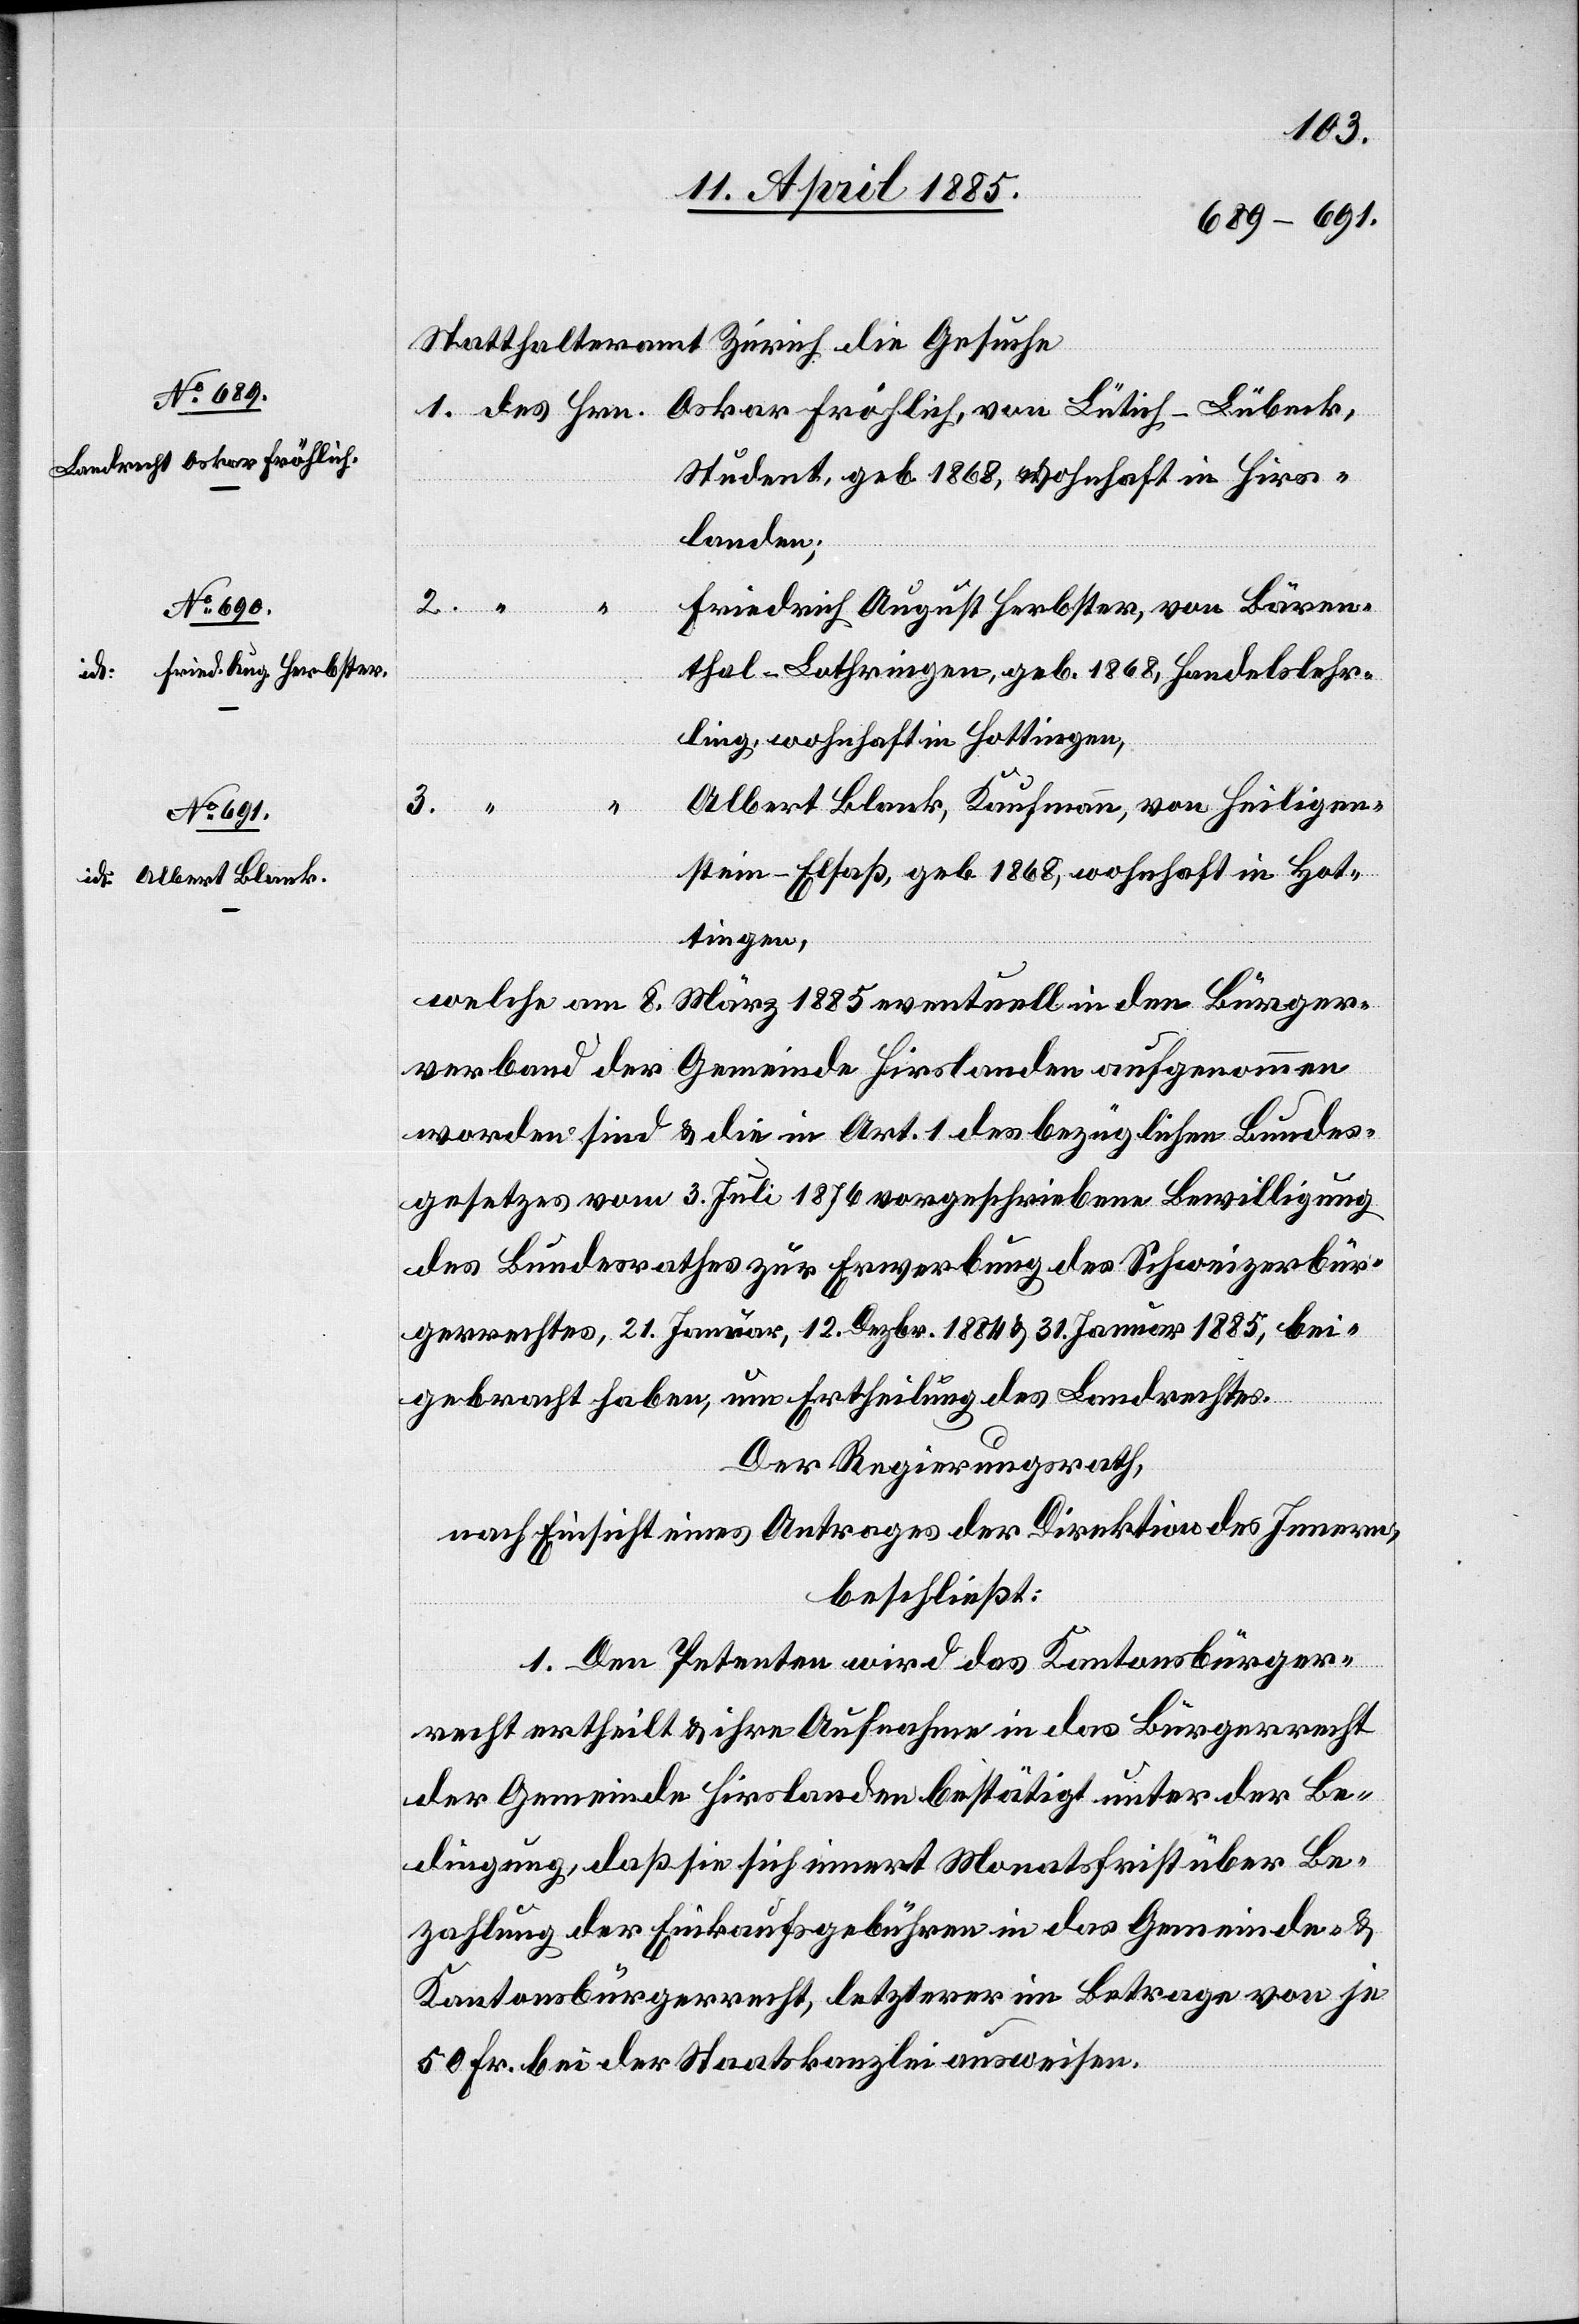
3.

Statthalteramt Zürich die Gesuche
Oskar Fröhlich, von Lütich - Lübeck,
Student, geb. 1868, wohnhaft in Hirs¬
landen;
recht
Friedrich August Herbster, von Bären¬
thal - Lothringen, geb. 1868, Handelslehr¬
ling, wohnhaft in Hottingen,
Albert Blank, Kaufmann, von Heiligen¬
stein - Elsaß, geb. 1868, wohnhaft in Hot¬
tingen,
welche am 8. März 1885 eventuell in den Bürger¬
verband der Gemeinde Hirslanden aufgenommen
worden sind & die in Art. 1 des bezüglichen Bundes¬
gesetzes vom 3. Juli 1876 vorgeschriebene Bewilligung
des Bundesrathes zur Erwerbung des Schweizerbür¬
gerrechtes, 21. Januar, 12. Dezbr. 1884 & 31. Januar 1885, bei¬
gebracht haben, um Ertheilung des Landrechtes.
Der Regierungsrath,
nach Einsicht eines Antrages der Direktion des Innern,
beschließt:
1. Den Petenten wird das Kantonsbürger¬
der Gemeinde Hirslanden bestätigt unter der Be¬
dingung, daß sie sich innert Monatsfrist über Be¬
zahlung der Einkaufsgebühren in das Gemeinde- &
Kantonsbürgerrecht, letzterer im Betrage von je
50 Fr. bei der Staatskanzlei ausweisen.